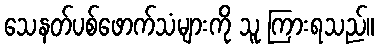
သေနတ်ပစ်ဖောက်သံများကို သူ ကြားရသည်။